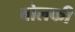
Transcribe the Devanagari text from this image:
बोलकी